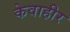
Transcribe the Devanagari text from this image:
केवाहीर